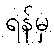
ရန်မှ